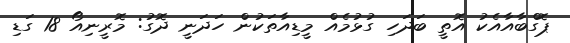
ޕޮގްބާއާއެކު އޮތީ ބަދަހި ގުޅުމެއް މީޑިއާތަކުން ހަދަނީ ދޮގު: މޮރީނިއޯ 18 ގަޑި